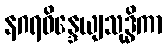
နဂရဝိန္ဒေယျသုဒ္ဓိကာ